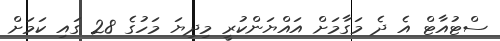
ސްޓުއާޓް އެ ދެ މަގާމަށް އައްޔަންކުރީ މިދިޔަ މަހުގެ 28 ގައި ކަމަށް